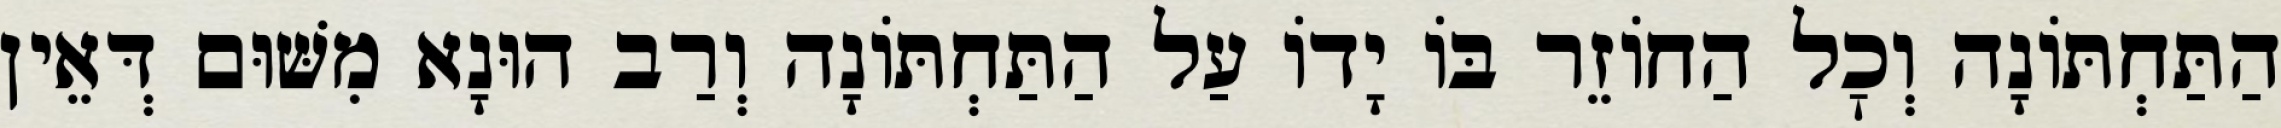
הַתַּחְתּוֹנָה וְכׇל הַחוֹזֵר בּוֹ יָדוֹ עַל הַתַּחְתּוֹנָה וְרַב הוּנָא מִשּׁוּם דְּאֵין